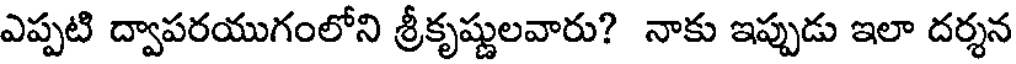
ఎప్పటి ద్వాపరయుగంలోని శ్రీకృష్ణులవారు? నాకు ఇప్పుడు ఇలా దర్శన